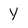
Character: Y